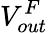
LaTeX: V_{out}^{F}